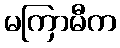
မကြာမီက